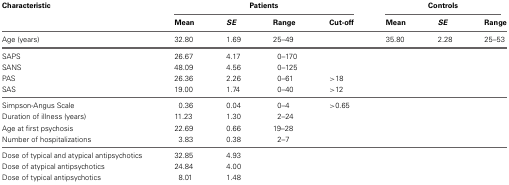
| Characteristic | <COLSPAN=4> Patients | <COLSPAN=3> Controls |
 |  | Mean | SE | Range | Cut-off | Mean | SE | Range |
 | --- | --- | --- | --- | --- | --- | --- | --- |
 | Age (years) | 32.80 | 1.69 | 25–49 |  | 35.80 | 2.28 | 25–53 |
 | SAPS | 26.67 | 4.17 | 0–170 |  |  |  |  |
 | SANS | 48.09 | 4.56 | 0–125 |  |  |  |  |
 | PAS | 26.36 | 2.26 | 0–61 | >18 |  |  |  |
 | SAS | 19.00 | 1.74 | 0–40 | >12 |  |  |  |
 | Simpson-Angus Scale | 0.36 | 0.04 | 0–4 | >0.65 |  |  |  |
 | Duration of illness (years) | 11.23 | 1.30 | 2–24 |  |  |  |  |
 | Age at first psychosis | 22.69 | 0.66 | 19–28 |  |  |  |  |
 | Number of hospitalizations | 3.83 | 0.38 | 2–7 |  |  |  |  |
 | Dose of typical and atypical antipsychotics | 32.85 | 4.93 |  |  |  |  |  |
 | Dose of atypical antipsychotics | 24.84 | 4.00 |  |  |  |  |  |
 | Dose of typical antipsychotics | 8.01 | 1.48 |  |  |  |  |  |